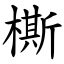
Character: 㯕